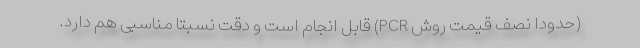
(حدودا نصف قیمت روش PCR) قابل انجام است و دقت نسبتا مناسبی هم دارد.